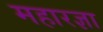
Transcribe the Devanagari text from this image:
महारज्ञा